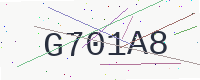
Text: G701A8